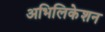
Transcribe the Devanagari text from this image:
अभिलिकेशन